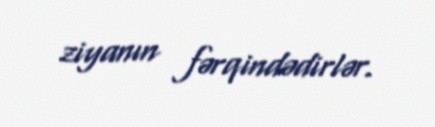
ziyanın fərqindədirlər.